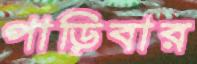
পাড়িবার